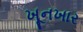
ખૂનખાર